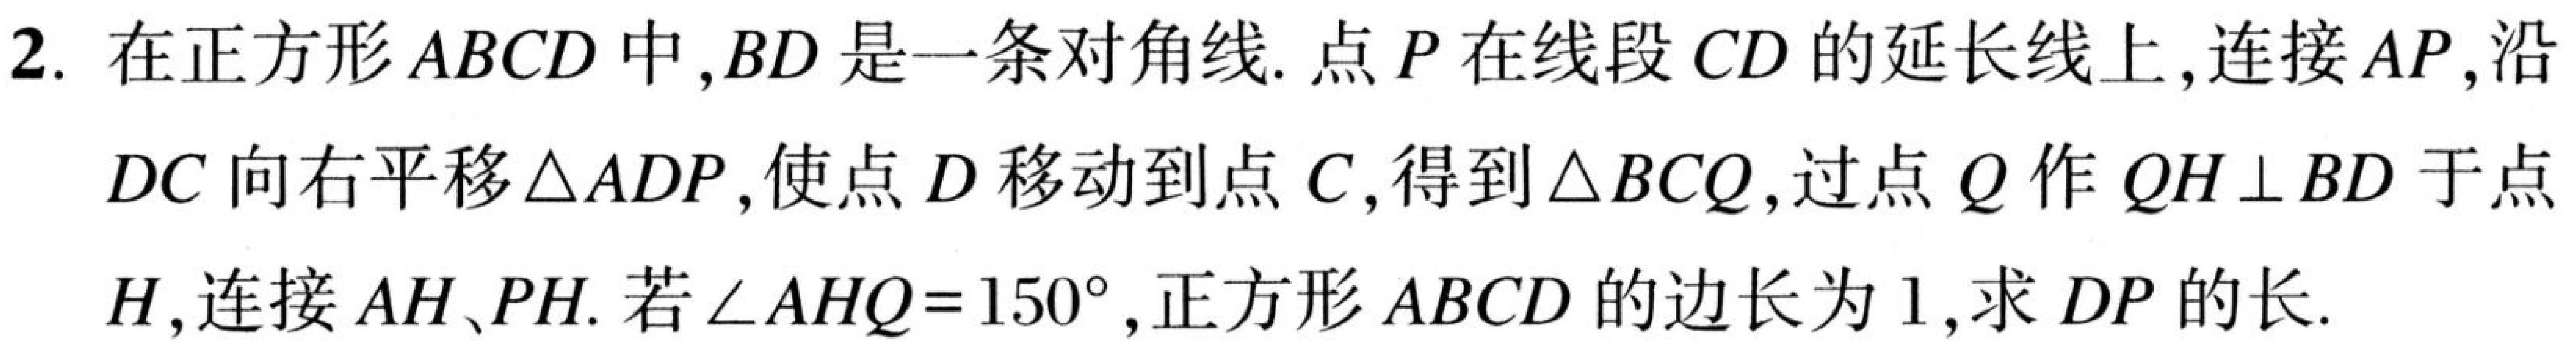
2. 在正方形\(ABCD\)中,\(BD\)是一条对角线. 点\(P\)在线段\(CD\)的延长线上,连接\(AP\),沿
\(DC\) 向右平移\(\triangle ADP\),使点\(D\)移动到点\(C\),得到\(\triangle BCQ\),过点\(Q\)作\(QH\perp BD\)于点
\(H\),连接\(AH、PH\). 若\(\angle AHQ = 150^{\circ}\),正方形\(ABCD\)的边长为\(1\),求\(DP\)的长.